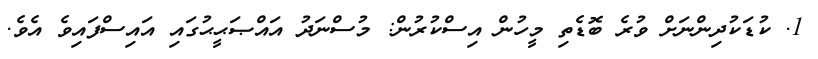
1. ކުޑަކުދިންނަށް ވުރެ ބޮޑެތި މީހުން އިސްކުރުން: މުސްނަދު އައްޞަޙީޙުގައި އައިސްފައިވެ އެވެ.